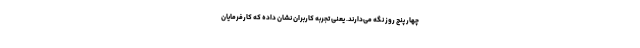
چهار پنج روز نگه می‌دارند. یعنی تجربه کاربران نشان داده که کارفرمایان